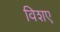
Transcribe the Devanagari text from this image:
विशए